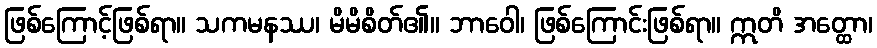
ဖြစ်ကြောင့်ဖြစ်ရာ။ သကမနဿ၊ မိမိစိတ်၏။ ဘာဝေါ၊ ဖြစ်ကြောင်းဖြစ်ရာ။ ဣတိ အတ္ထော၊